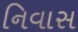
નિવાસ